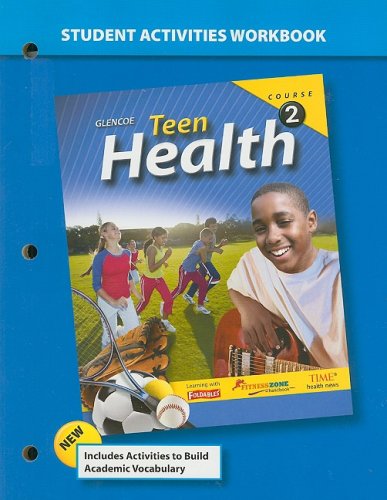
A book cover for Teen Health Course 2 Student Activities Workbook; McGraw-Hill; Health, Fitness & Dieting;